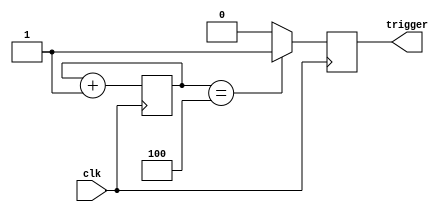
`timescale 1ns / 1ps
//////////////////////////////////////////////////////////////////////////////////
//creates a trigger pulse that is only high for half a global clock period but
//has a period n times larger
//////////////////////////////////////////////////////////////////////////////////


module load_trigger(
    input clk,
    output reg trigger
    );
    parameter trig_value = 4;
    reg [2:0] counter = 0;
    always @(posedge clk)
    begin
    if (counter == trig_value)
        begin
        counter <= 0;
        trigger <= 1;
        end
    else 
        trigger = 0;
        counter <= counter+1;
    end
   
endmodule